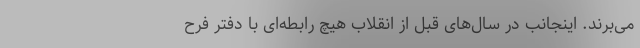
می‌برند. اینجانب در سال‌های قبل از انقلاب هیچ رابطه‌ای با دفتر فرح